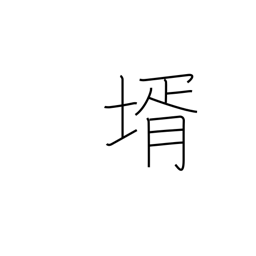
Meaning: son-in-law